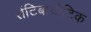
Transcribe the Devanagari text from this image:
सेंटिबायोटिक